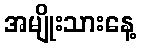
အမျိုးသားနေ့